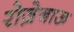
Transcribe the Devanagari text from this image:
रोज़ेनाऊ